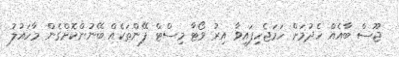
ޖޫސް ބާއެއް ހެދުމަށް ހަމަޖެހިފައިވާ އިރު ވޯޓާ މިސްޓް ފޭންތަކެއް ބޭނުންކޮށްގެން މާހައުލު